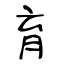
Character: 育